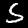
Digit: 5